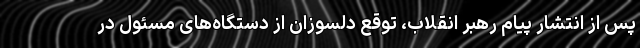
پس از انتشار پیام رهبر انقلاب، توقع دلسوزان از دستگاه‌های مسئول در